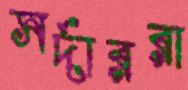
সর্দাররা